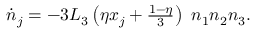
\begin{array} { r } { \dot { n } _ { j } = - 3 L _ { 3 } \left( \eta x _ { j } + \frac { 1 - \eta } { 3 } \right) \ n _ { 1 } n _ { 2 } n _ { 3 } . } \end{array}